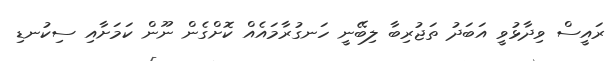
ރައީސް ވިދާޅުވީ އަބަދު ތަޖުރިބާ ލިބޭނީ ހަނގުރާމައެއް ކޮށްގެން ނޫން ކަމަށާއި ސިކުނޑި